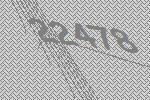
22478